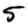
Digit: 5